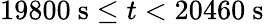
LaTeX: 19800\ \mathrm{s}\leq t<20460\ \mathrm{s}